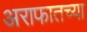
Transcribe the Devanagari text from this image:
अराफातच्या